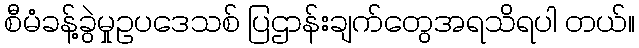
စီမံခန့်ခွဲမှုဥပဒေသစ် ပြဌာန်းချက်တွေအရသိရပါ တယ်။